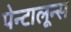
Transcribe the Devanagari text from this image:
पेन्टालून्स